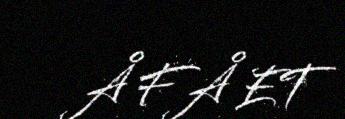
Å FÅ ET